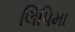
લિપિમા